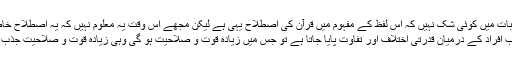
اگرچہ اس بات میں کوئی شک نہیں کہ اس لفظ کے مفہوم میں قرآن کی اصطلاح یہی ہے لیکن مجھے اس وقت یہ معلوم نہیں کہ یہ اصطلاح خاص قرآن کی اصطلاح ہے
واضح سی بات ہے کہ جب افراد کے درمیان قدرتی اختلاف اور تفاوت پایا جاتا ہے تو جس میں زیادہ قوت و صلاحیت ہو گی وہی زیادہ قوت و صلاحیت جذب کرنے میں کامیاب ہو گا۔